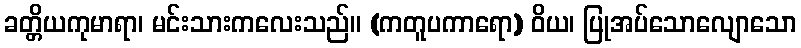
ခတ္တိယကုမာရာ၊ မင်းသားကလေးသည်။ (ကတူပကာရော) ဝိယ၊ ပြုအပ်သောလျောသော